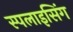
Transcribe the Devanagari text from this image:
स्पलाइसिंग